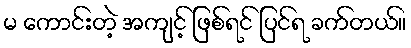
မ ကောင်းတဲ့ အကျင့် ဖြစ်ရင် ပြင်ရ ခက်တယ်။